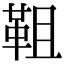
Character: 靻